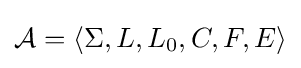
{\mathcal {A}}=\langle \Sigma ,L,L_{0},C,F,E\rangle